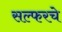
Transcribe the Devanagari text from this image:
सल्फरचे